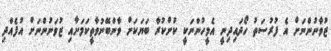
ޒުވާނުންނަށް އެ ފުރުސަތު ހޯދައިދިނީ އެމީހުންނަކީ ކުށްކުރާ ބަޔަކަށް ވާންބޭނުވާތީކަމަށާއި ޒުވަނުންނަށް އުފެއްދި